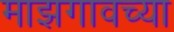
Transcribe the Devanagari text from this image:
माझगावच्या